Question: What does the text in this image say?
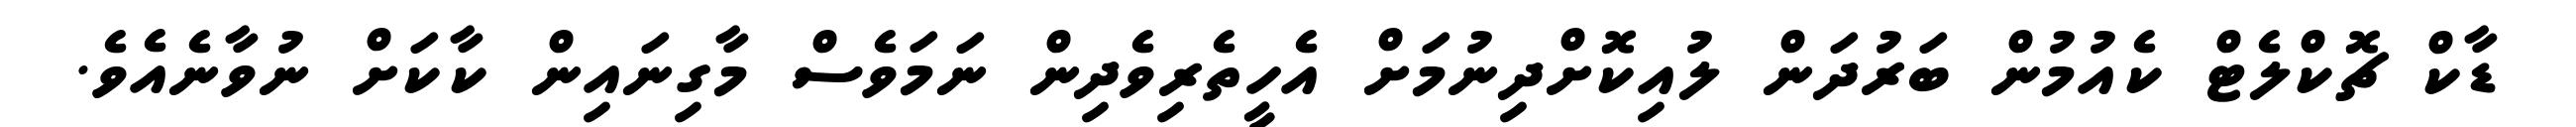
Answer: ޑާކް ޗޮކްލެޓް ކެއުމުން ބަރުދަން ލުއިކޮށްދިނުމަށް އެހީތެރިވެދިން ނަމަވެސް މާގިނައިން ކާކަށް ނުވާނެއެވެ.